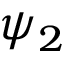
\psi _ { 2 }